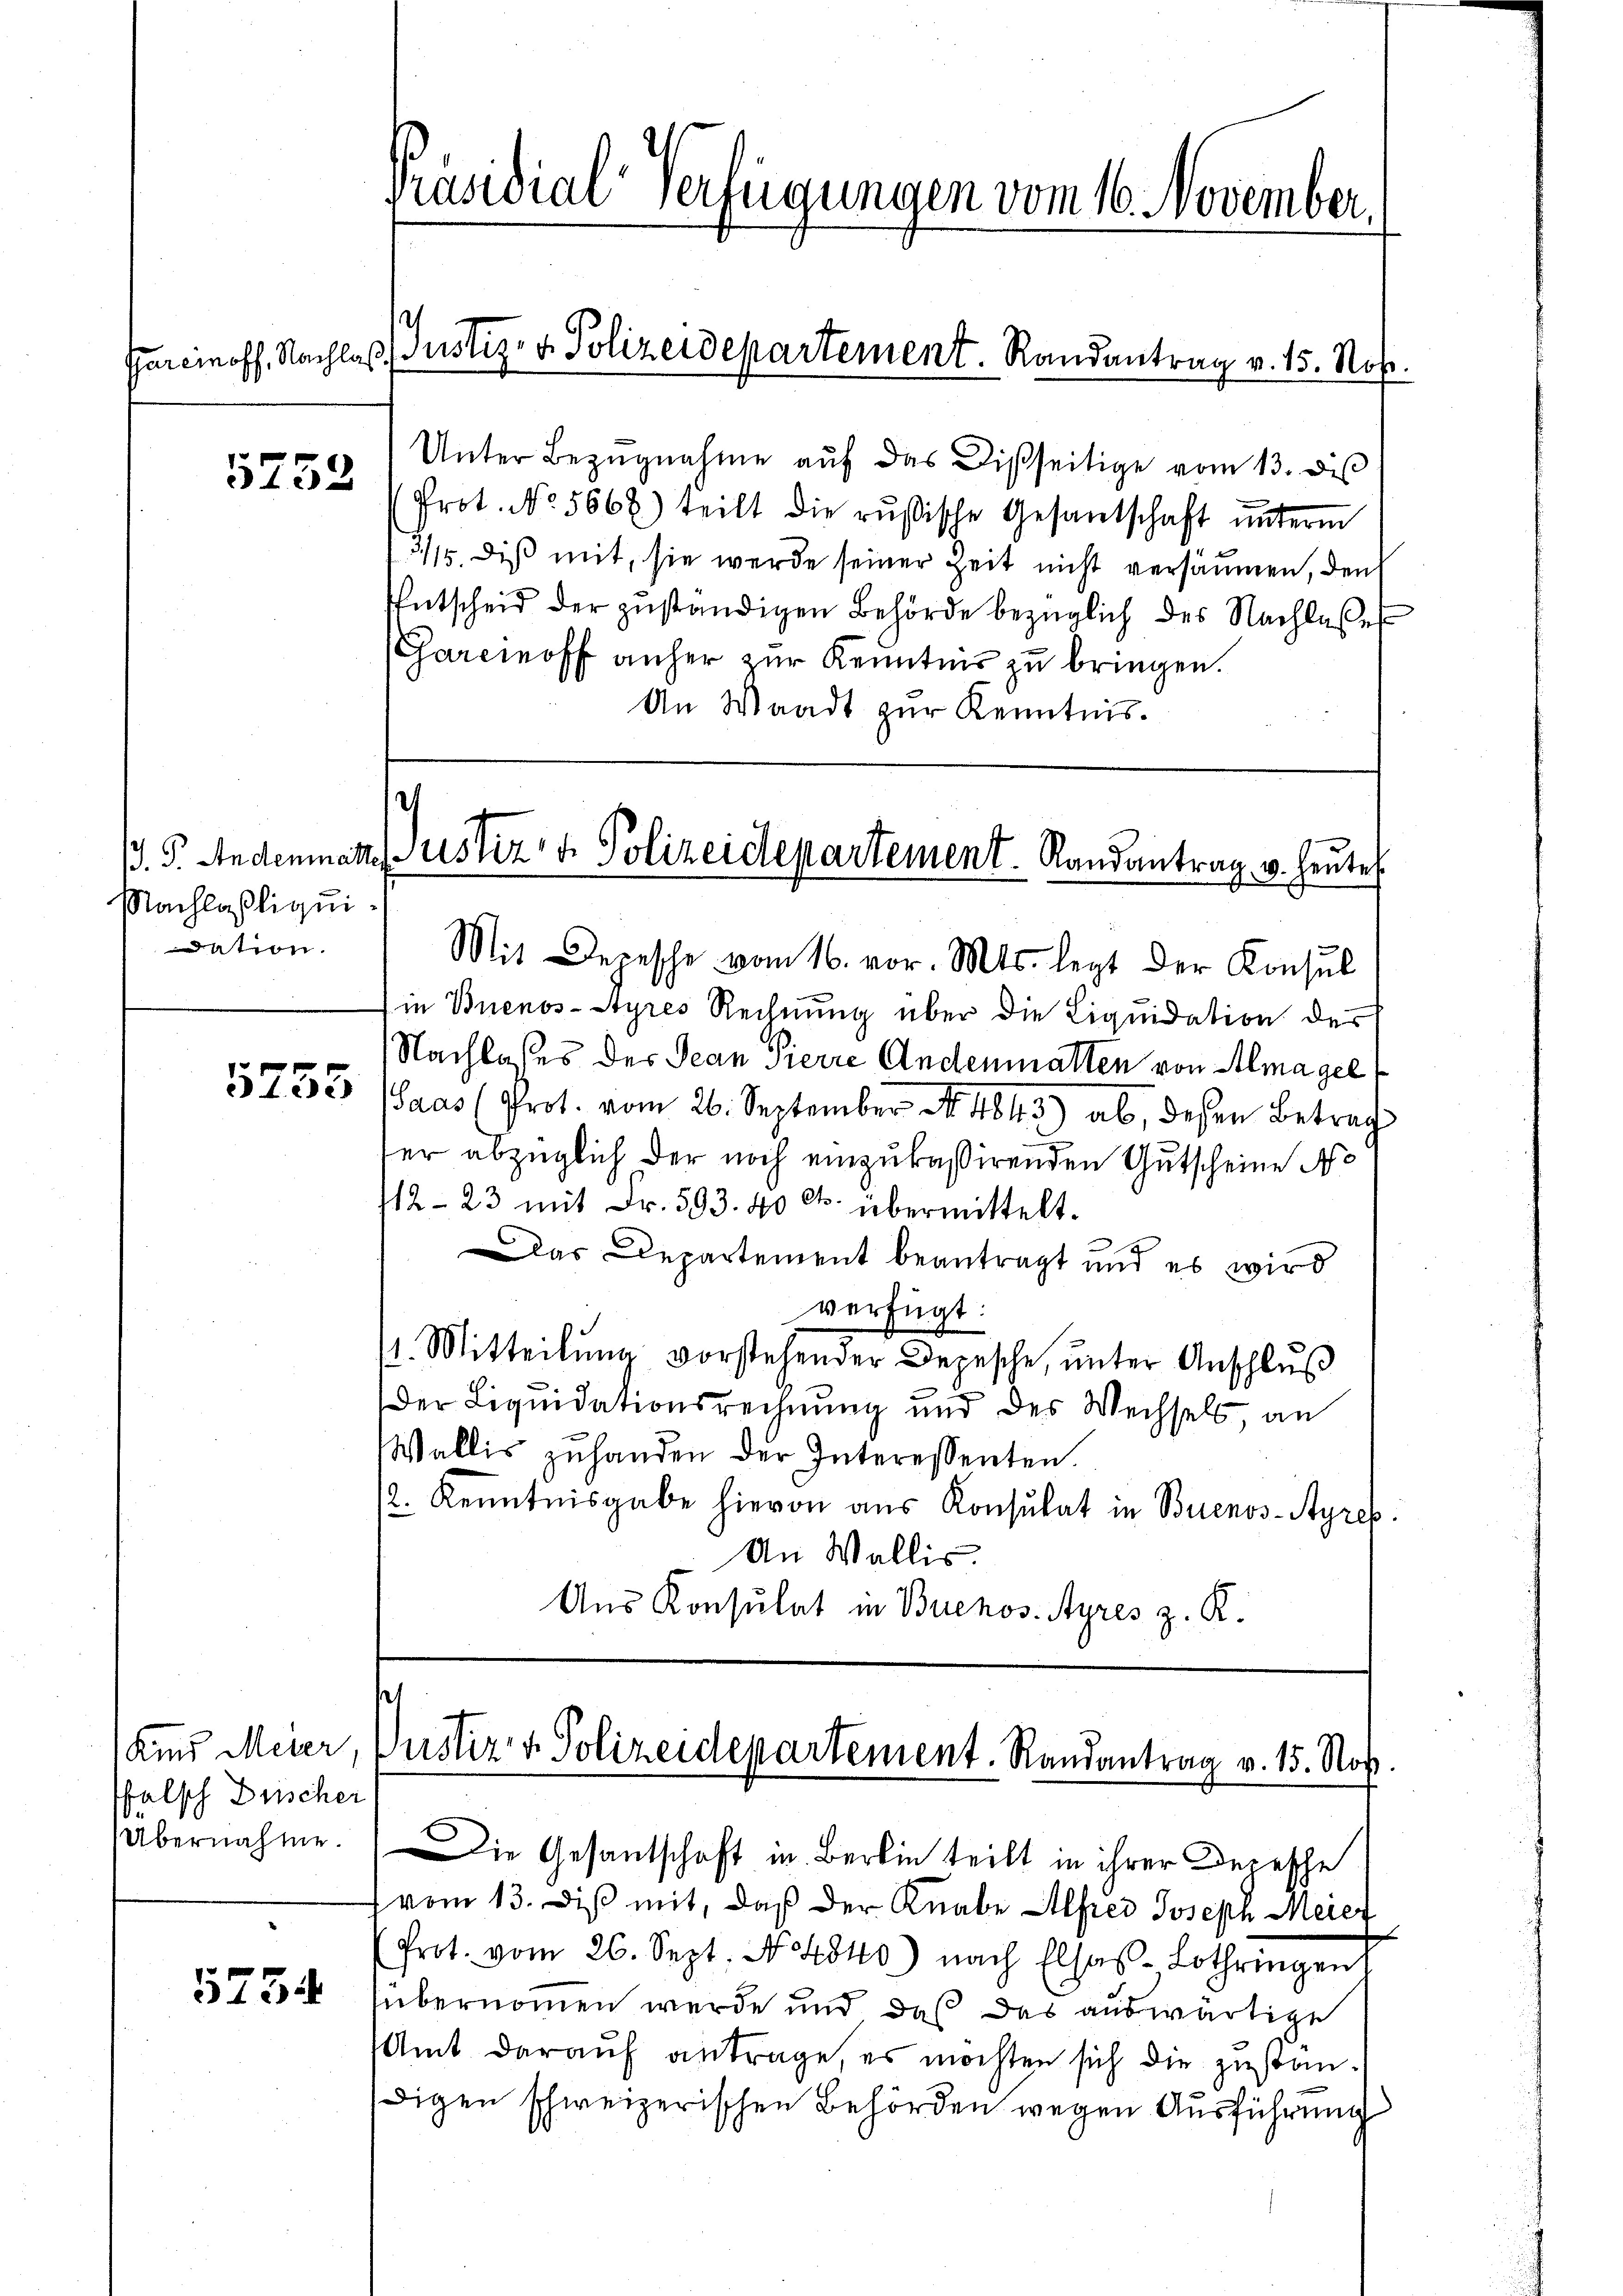
5752

Nachlaßliquidation.

5755

Kind Meier
falsch Drischer
1
Übernahme.

5734

Präsidial-Verfügungen vom 16. November.

Unter Bezŭgnahme aŭf das Disseitige vom 13. des
Prot. No. 5668) teilt die rŭsische Gesantschaft ŭnterm
315. diß mit, sie werde seiner Zeit nicht versäumen, den
Entscheid der zŭständigen Behörde bezüglich des Nachlasses
(Garcinoff anher zur Kenntnis zu bringen.
An Waadt zur Kenntnis.

Farcinoff. Nachlaß Justiz- & Polizeidepartement. Randantrag v. 15. Nov.

.G. Andenmann Justiz- & Polizeidepartement Randantrag u. heute

Mit Depesche vom 16. vor. Mts. legt der Konsul
in Buenos-Ayres Rechnung über die Liquidation des
Nachlasses der Jean Pierre Andenmatten von Alma gel
(Saas (Prot. vom 26. September N. 4843) ab, deßen Betrag
ser abzüglich der noch einzukaßirenden Gutscheine No
12-23 mit Fr. 593. 40 cts. übermittelt.
Das Departement beantragt und es wird
verfügt:
/1. Mitteilŭng vorstehender Depesche, ŭnter Anschlŭβ
Der Liquidationsrechnung und des Wechsels an
Wallis zŭ handen der Interessenten.
2. Kenntnisgabe hievon aus Konsulat in Buenos-Ayres
An Wallis.
Aus Konsulat in Buenos-Ayres z. R.

e
ustiz- & Polizeidepartement. Randantrag v. 15. Nov.

Die Gesantschaft in Berin teilt in ihrer Depesche
(vom 13. diß mit, daß der Knabe Alfrei Joseph Meier
Prot. vom 26. Sept. No 4840) nach Elsas-Lothringen
übernommen werde und daß das auswärtige
Amt darauf antrage, es möchten sich die zuständigen schweizerischen Behörden wegen Ausführung